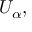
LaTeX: U _ { \alpha } ,